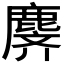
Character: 𬸾